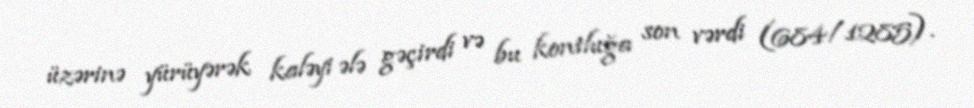
üzərinə yürüyərək kaləyi ələ gəçirdi və bu kontluğa son vərdi (684/1285).